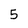
Character: 5